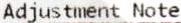
ADJUSTMENT NOTE